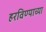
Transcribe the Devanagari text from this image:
हरविण्याच्या